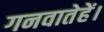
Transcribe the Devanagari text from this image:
गनवातेहें।